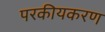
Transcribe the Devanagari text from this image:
परकीयकरण